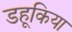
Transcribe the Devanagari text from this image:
डहूकिया